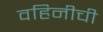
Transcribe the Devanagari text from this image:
वहिनीची